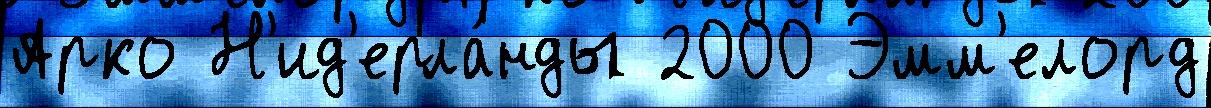
Арко Н'ид'ерла́нды 2000 Эмм'елорд